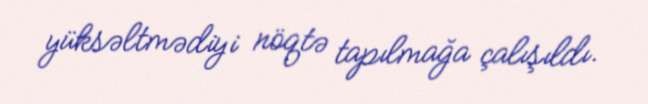
yüksəltmədiyi nöqtə tapılmağa çalışıldı.